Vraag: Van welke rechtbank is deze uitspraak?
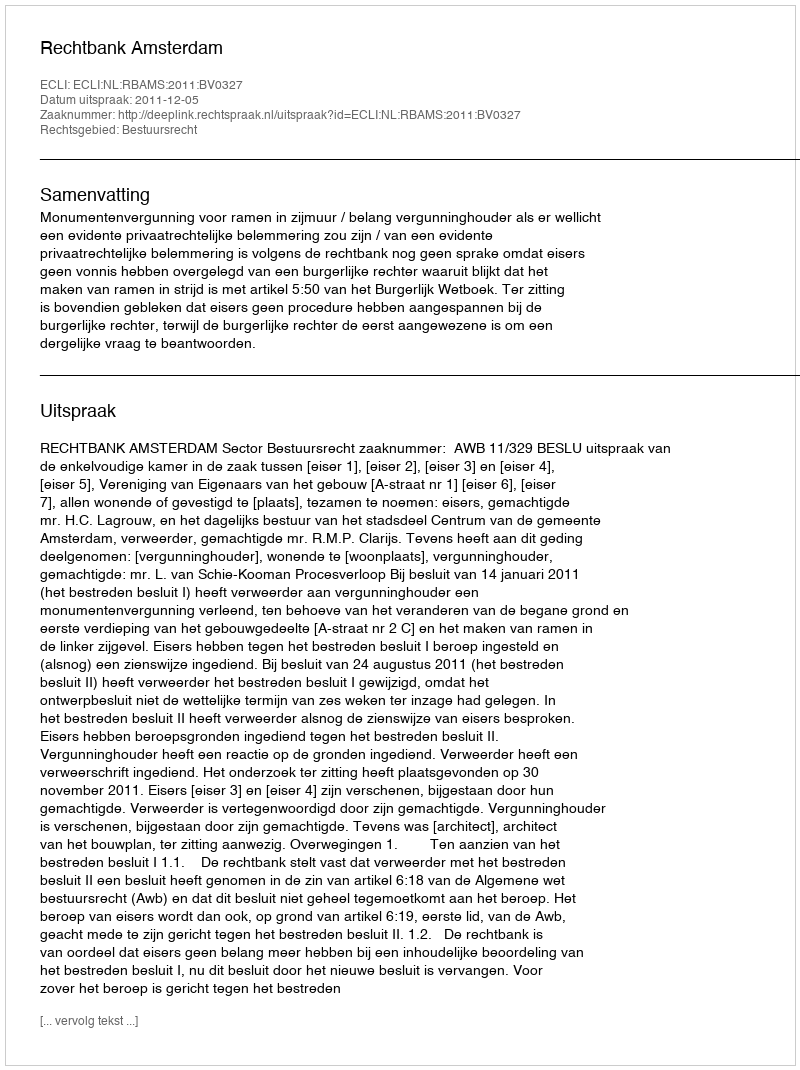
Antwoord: Rechtbank Amsterdam